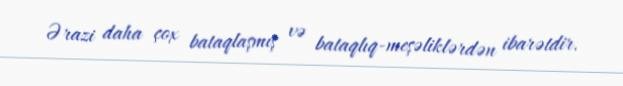
Ərazi daha çox bataqlaşmış və bataqlıq-meşəliklərdən ibarətdir.